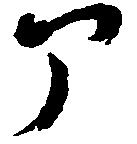
部